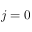
j = 0